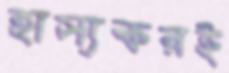
হাস্যকরই